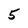
Character: 5